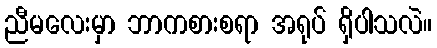
ညီမလေးမှာ ဘာကစားစရာ အရုပ် ရှိပါသလဲ။